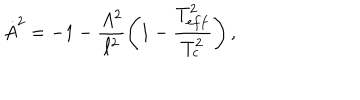
\dot { A } ^ { 2 } = - 1 - \frac { A ^ { 2 } } { \ell ^ { 2 } } \left( 1 - \frac { T _ { e f f } ^ { 2 } } { T _ { c } ^ { 2 } } \right) ,